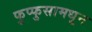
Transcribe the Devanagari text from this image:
फुप्फुसामधून